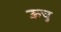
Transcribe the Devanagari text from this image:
ऊचु